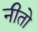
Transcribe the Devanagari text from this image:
नीतो